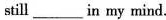
still ____ in my mind.